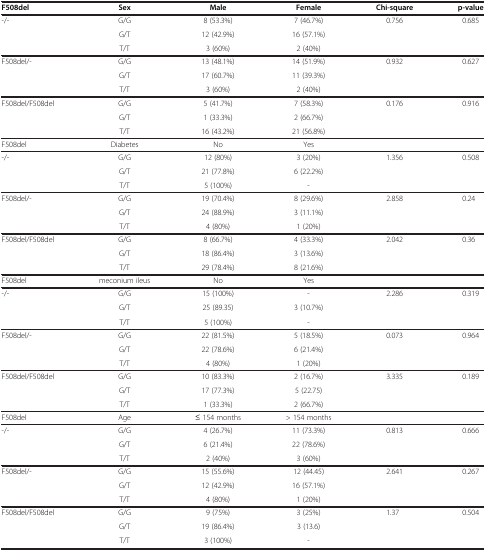
<table><thead><tr><td><b>F508del</b></td><td><b>Sex</b></td><td><b>Male</b></td><td><b>Female</b></td><td><b>Chi-square</b></td><td><b>p-value</b></td></tr></thead><tbody><tr><td rowspan="3">-/-</td><td>G/G</td><td>8 (53.3%)</td><td>7 (46.7%)</td><td>0.756</td><td>0.685</td></tr><tr><td>G/T</td><td>12 (42.9%)</td><td>16 (57.1%)</td><td> </td><td> </td></tr><tr><td>T/T</td><td>3 (60%)</td><td>2 (40%)</td><td> </td><td> </td></tr><tr><td rowspan="3">F508del/-</td><td>G/G</td><td>13 (48.1%)</td><td>14 (51.9%)</td><td>0.932</td><td>0.627</td></tr><tr><td>G/T</td><td>17 (60.7%)</td><td>11 (39.3%)</td><td> </td><td> </td></tr><tr><td>T/T</td><td>3 (60%)</td><td>2 (40%)</td><td> </td><td> </td></tr><tr><td rowspan="3">F508del/F508del</td><td>G/G</td><td>5 (41.7%)</td><td>7 (58.3%)</td><td>0.176</td><td>0.916</td></tr><tr><td>G/T</td><td>1 (33.3%)</td><td>2 (66.7%)</td><td> </td><td> </td></tr><tr><td>T/T</td><td>16 (43.2%)</td><td>21 (56.8%)</td><td> </td><td> </td></tr><tr><td>F508del</td><td>Diabetes</td><td>No</td><td>Yes</td><td> </td><td> </td></tr><tr><td rowspan="3">-/-</td><td>G/G</td><td>12 (80%)</td><td>3 (20%)</td><td>1.356</td><td>0.508</td></tr><tr><td>G/T</td><td>21 (77.8%)</td><td>6 (22.2%)</td><td> </td><td> </td></tr><tr><td>T/T</td><td>5 (100%)</td><td>-</td><td> </td><td> </td></tr><tr><td rowspan="3">F508del/-</td><td>G/G</td><td>19 (70.4%)</td><td>8 (29.6%)</td><td>2.858</td><td>0.24</td></tr><tr><td>G/T</td><td>24 (88.9%)</td><td>3 (11.1%)</td><td> </td><td> </td></tr><tr><td>T/T</td><td>4 (80%)</td><td>1 (20%)</td><td> </td><td> </td></tr><tr><td rowspan="3">F508del/F508del</td><td>G/G</td><td>8 (66.7%)</td><td>4 (33.3%)</td><td>2.042</td><td>0.36</td></tr><tr><td>G/T</td><td>18 (86.4%)</td><td>3 (13.6%)</td><td> </td><td> </td></tr><tr><td>T/T</td><td>29 (78.4%)</td><td>8 (21.6%)</td><td> </td><td> </td></tr><tr><td>F508del</td><td>meconium ileus</td><td>No</td><td>Yes</td><td> </td><td> </td></tr><tr><td rowspan="3">-/-</td><td>G/G</td><td>15 (100%)</td><td>-</td><td>2.286</td><td>0.319</td></tr><tr><td>G/T</td><td>25 (89.35)</td><td>3 (10.7%)</td><td> </td><td> </td></tr><tr><td>T/T</td><td>5 (100%)</td><td>-</td><td> </td><td> </td></tr><tr><td rowspan="3">F508del/-</td><td>G/G</td><td>22 (81.5%)</td><td>5 (18.5%)</td><td>0.073</td><td>0.964</td></tr><tr><td>G/T</td><td>22 (78.6%)</td><td>6 (21.4%)</td><td> </td><td> </td></tr><tr><td>T/T</td><td>4 (80%)</td><td>1 (20%)</td><td> </td><td> </td></tr><tr><td rowspan="3">F508del/F508del</td><td>G/G</td><td>10 (83.3%)</td><td>2 (16.7%)</td><td>3.335</td><td>0.189</td></tr><tr><td>G/T</td><td>17 (77.3%)</td><td>5 (22.75)</td><td> </td><td> </td></tr><tr><td>T/T</td><td>1 (33.3%)</td><td>2 (66.7%)</td><td> </td><td> </td></tr><tr><td>F508del</td><td>Age</td><td>≤ 154 months</td><td>&gt; 154 months</td><td> </td><td> </td></tr><tr><td rowspan="3">-/-</td><td>G/G</td><td>4 (26.7%)</td><td>11 (73.3%)</td><td>0.813</td><td>0.666</td></tr><tr><td>G/T</td><td>6 (21.4%)</td><td>22 (78.6%)</td><td> </td><td> </td></tr><tr><td>T/T</td><td>2 (40%)</td><td>3 (60%)</td><td> </td><td> </td></tr><tr><td rowspan="3">F508del/-</td><td>G/G</td><td>15 (55.6%)</td><td>12 (44.45)</td><td>2.641</td><td>0.267</td></tr><tr><td>G/T</td><td>12 (42.9%)</td><td>16 (57.1%)</td><td> </td><td> </td></tr><tr><td>T/T</td><td>4 (80%)</td><td>1 (20%)</td><td> </td><td> </td></tr><tr><td rowspan="3">F508del/F508del</td><td>G/G</td><td>9 (75%)</td><td>3 (25%)</td><td>1.37</td><td>0.504</td></tr><tr><td>G/T</td><td>19 (86.4%)</td><td>3 (13.6)</td><td> </td><td> </td></tr><tr><td>T/T</td><td>3 (100%)</td><td>-</td><td> </td><td> </td></tr></tbody></table>